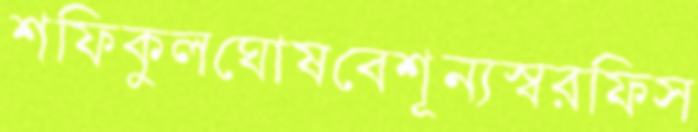
শফিকুলঘোষবেশূন্যস্বরফিস